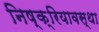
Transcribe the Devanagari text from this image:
निष्क्रियावस्था